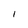
Character: l